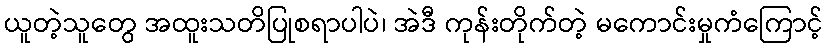
ယူတဲ့သူတွေ အထူးသတိပြုစရာပါပဲ၊ အဲဒီ ကုန်းတိုက်တဲ့ မကောင်းမှုကံကြောင့်